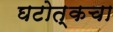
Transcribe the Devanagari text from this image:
घटोत्कचा